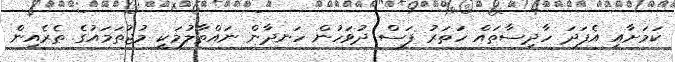
ކަމަށާއި އެފަދަ ހާދިސާތައް ހަތަރު ފަސް ދުވަހުން ހަނދާން ނައްތާލުމަކީ މުޖުތަމައުގެ ތެރެއިން